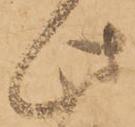
此